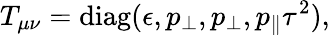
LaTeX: T_{\mu\nu}=\mathrm{diag}(\epsilon,p_{\perp},p_{\perp},p_{\| }\tau^{2}),